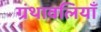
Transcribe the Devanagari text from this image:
ग्रंथावलियाँ